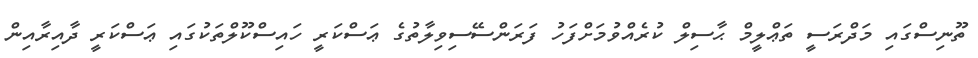
ތޫނިސްގައި މަދްރަސީ ތަޢްލީމް ޙާސިލް ކުރެއްވުމަށްފަހު ފަރަންސޭސިވިލާތުގެ ޢަސްކަރީ ހައިސްކޫލްތަކުގައި ޢަސްކަރީ ދާއިރާއިން